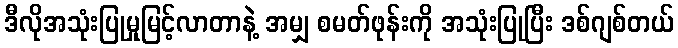
ဒီလိုအသုံးပြုမှုမြင့်လာတာနဲ့ အမျှ စမတ်ဖုန်းကို အသုံးပြုပြီး ဒစ်ဂျစ်တယ်